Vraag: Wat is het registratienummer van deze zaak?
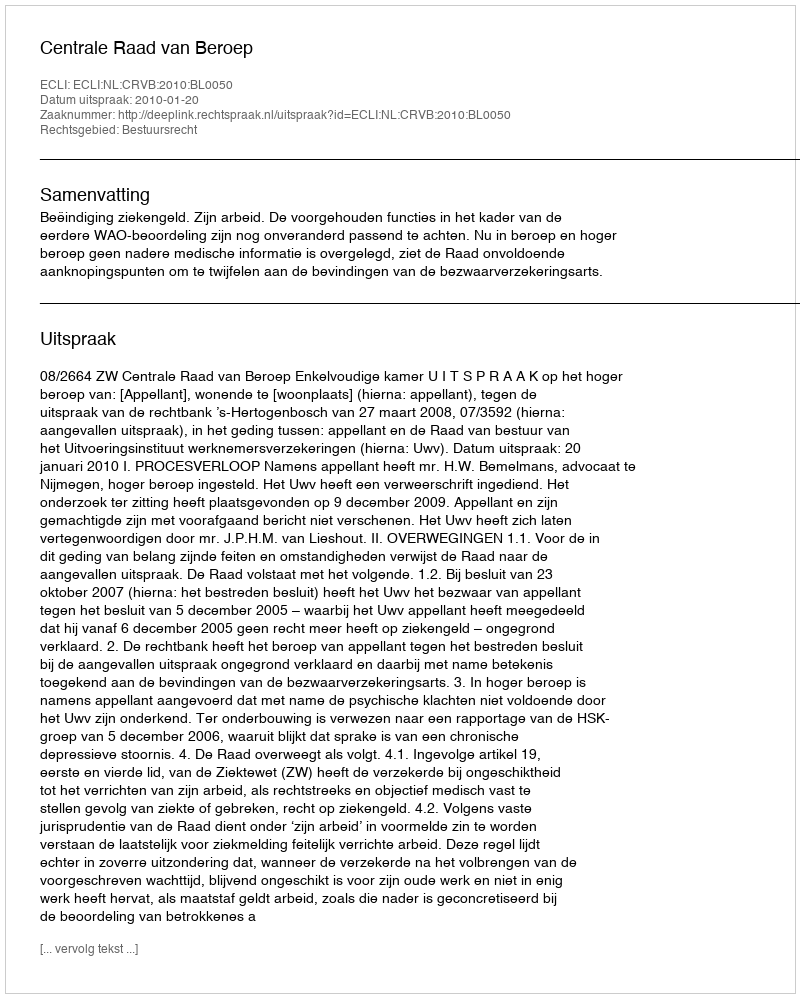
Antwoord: http://deeplink.rechtspraak.nl/uitspraak?id=ECLI:NL:CRVB:2010:BL0050